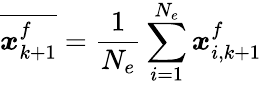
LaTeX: \overline{{\boldsymbol{x}_{k+1}^{f}}}=\frac{1}{N_{e}}\sum_{i=1}^{N_{e}}\boldsymbol{x}_{i,k+1}^{f}